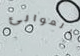
الموانئ